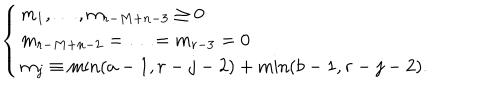
LaTeX: \left\{ \begin{array} { l } { { m _ { 1 } , \ldots , m _ { r - M + n - 3 } \geq 0 } } \\ { { m _ { r - M + n - 2 } = \ldots = m _ { r - 3 } = 0 } } \\ { { m _ { j } \equiv \min ( a - 1 , r - j - 2 ) + \min ( b - 1 , r - j - 2 ) . } } \\ \end{array} \right.